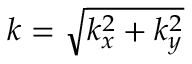
k = \sqrt { k _ { x } ^ { 2 } + k _ { y } ^ { 2 } }